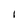
Character: I